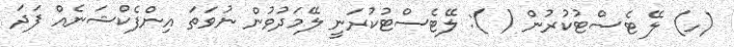
(ހ) ލޭ ޓެސްޓުކުރުން ( ): ލޭޓެސްޓުކުރަނީ ލޭމަދުވުން ނުވަތަ އިންފެކްޝަނެއް ފަދަ